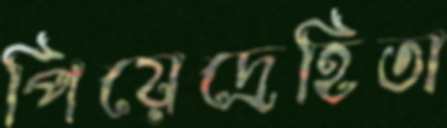
পিয়েদ্রেহিতা